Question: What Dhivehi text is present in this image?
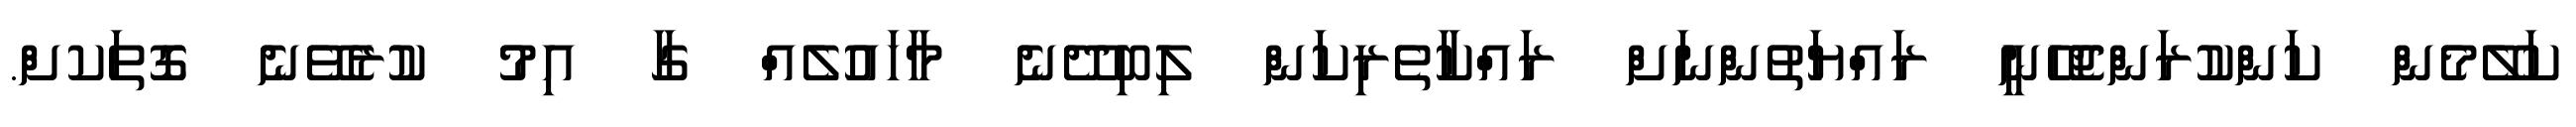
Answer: ކަލޭމެން ކަންކުރަންޖެހޭނީ ރައްޔަތުންނަށް ރައްކާތެރިކަން ލިބިދޭނެ މާހައުލެއް ގާ އިމު ކުރެވޭނެ ގޮތަކށް.